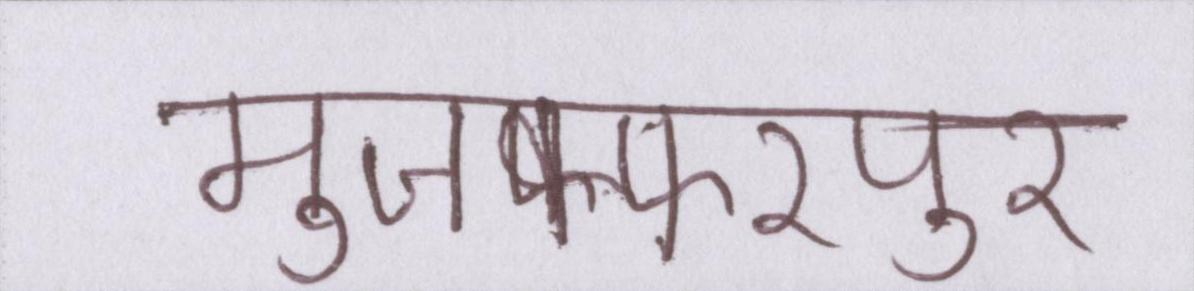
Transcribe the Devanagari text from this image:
मुजफ्फरपुर